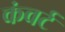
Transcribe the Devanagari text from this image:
कंवर्ट